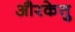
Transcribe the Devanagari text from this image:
औरकेतु